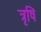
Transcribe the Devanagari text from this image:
त्रृषि